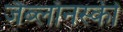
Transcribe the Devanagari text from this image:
जैब्लाॅनस्की